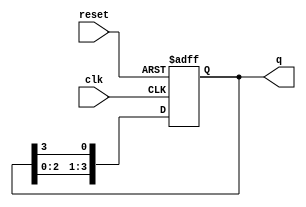
module async_ring_counter #(
    parameter N = 4  // Number of flip-flops (states)
)(
    input wire clk,       // Clock input
    input wire reset,     // Asynchronous reset
    output reg [N-1:0] q  // Output state
);

// Initialize the counter state
always @(posedge clk or posedge reset) begin
    if (reset) begin
        // Set the initial state to 1 at the least significant bit
        q <= 1'b1 << 0; // Only first flip-flop is set to '1'
    end else begin
        // Perform the shift operation
        q <= {q[N-2:0], q[N-1]}; // Shift left and wrap around
    end
end

endmodule